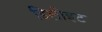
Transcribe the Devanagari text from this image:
डिलोइट